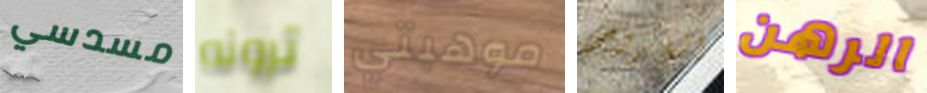
مسدسي ترونه موهبتي القروض الرهن